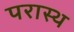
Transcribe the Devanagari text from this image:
परास्थ